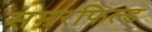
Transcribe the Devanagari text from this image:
समरफिल्ड